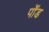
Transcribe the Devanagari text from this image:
पोंड